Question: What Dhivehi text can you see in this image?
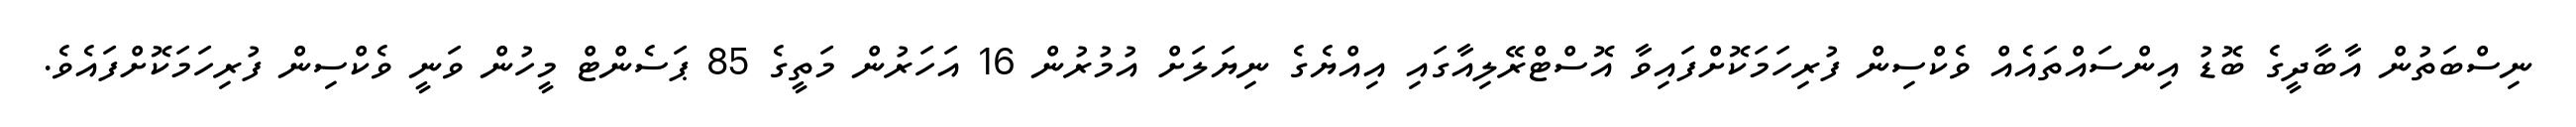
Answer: ނިސްބަތުން އާބާދީގެ ބޮޑު އިންސައްތައެއް ވެކްސިން ފުރިހަމަކޮށްފައިވާ އޮސްޓްރޭލިއާގައި އިއްޔެގެ ނިޔަލަށް އުމުރުން 16 އަހަރުން މަތީގެ 85 ޕަސެންޓް މީހުން ވަނީ ވެކްސިން ފުރިހަމަކޮށްފައެވެ.